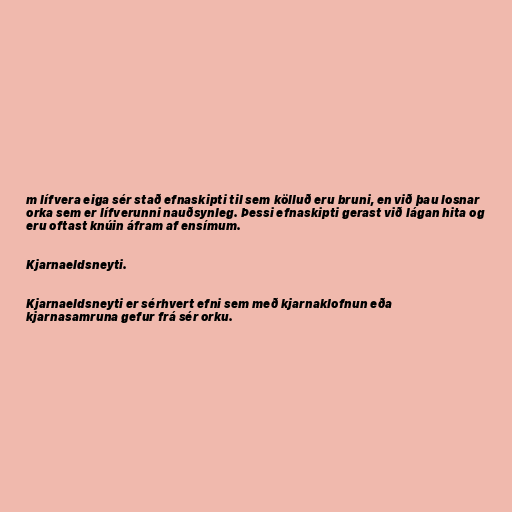
m lífvera eiga sér stað efnaskipti til sem kölluð eru bruni, en við þau losnar
orka sem er lífverunni nauðsynleg. Þessi efnaskipti gerast við lágan hita og
eru oftast knúin áfram af ensímum.

Kjarnaeldsneyti.

Kjarnaeldsneyti er sérhvert efni sem með kjarnaklofnun eða
kjarnasamruna gefur frá sér orku.